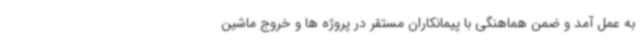
به عمل آمد و ضمن هماهنگی با پیمانکاران مستقر در پروژه ها و خروج ماشین